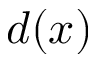
d ( x )